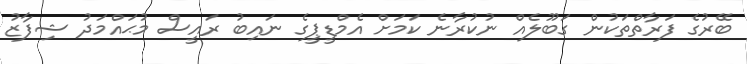
ބޭރުގެ ފަރާތްތަކުން ގަބޫލެއް ނުކުރާނެ ކަމަށް އެމްޑީޕީގެ ނައިބު ރައީސް މުޙައްމަދު ޝިފާޒު